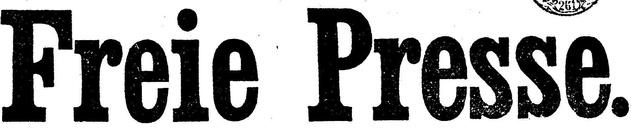
Freie Presse.